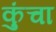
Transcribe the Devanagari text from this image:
कुंचा